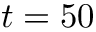
t = 5 0